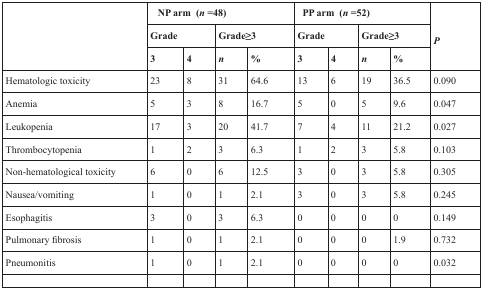
| <ROWSPAN=3>  | <COLSPAN=4> NP arm (n =48) | <COLSPAN=4> PP arm (n =52) | <ROWSPAN=3> P |
 | <COLSPAN=2> Grade | <COLSPAN=2> Grade≥3 | <COLSPAN=2> Grade | <COLSPAN=2> Grade≥3 |
 | 3 | 4 | n | % | 3 | 4 | n | % |
 | --- | --- | --- | --- | --- | --- | --- | --- | --- | --- |
 | Hematologic toxicity | 23 | 8 | 31 | 64.6 | 13 | 6 | 19 | 36.5 | 0.090 |
 | Anemia | 5 | 3 | 8 | 16.7 | 5 | 0 | 5 | 9.6 | 0.047 |
 | Leukopenia | 17 | 3 | 20 | 41.7 | 7 | 4 | 11 | 21.2 | 0.027 |
 | Thrombocytopenia | 1 | 2 | 3 | 6.3 | 1 | 2 | 3 | 5.8 | 0.103 |
 | Non-hematological toxicity | 6 | 0 | 6 | 12.5 | 3 | 0 | 3 | 5.8 | 0.305 |
 | Nausea/vomiting | 1 | 0 | 1 | 2.1 | 3 | 0 | 3 | 5.8 | 0.245 |
 | Esophagitis | 3 | 0 | 3 | 6.3 | 0 | 0 | 0 | 0 | 0.149 |
 | Pulmonary fibrosis | 1 | 0 | 1 | 2.1 | 0 | 0 | 0 | 1.9 | 0.732 |
 | Pneumonitis | 1 | 0 | 1 | 2.1 | 0 | 0 | 0 | 0 | 0.032 |